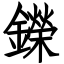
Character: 鑅